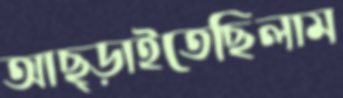
আছ্‌ড়াইতেছিলাম